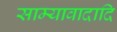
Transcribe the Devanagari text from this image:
साम्यावादादि